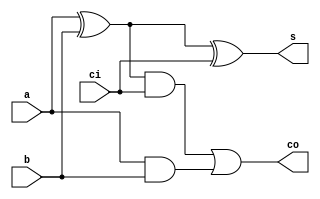
module add(s,a,b,ci,co);
input ci;
input a;
input b;
output co;
output s;
assign s = (a^b)^ci;
assign co = ((a^b)&ci)|(a&b);
endmodule